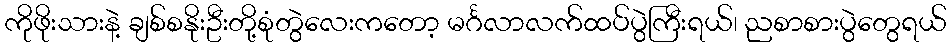
ကိုဖိုးသားနဲ့ ချစ်စနိုးဦးတို့စုံတွဲလေးကတော့ မင်္ဂလာလက်ထပ်ပွဲကြီးရယ်၊ ညစာစားပွဲတွေရယ်